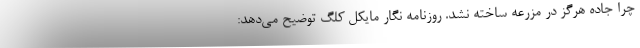
چرا جاده هرگز در مزرعه ساخته نشد. روزنامه نگار مایکل کلگ توضیح می‌دهد: